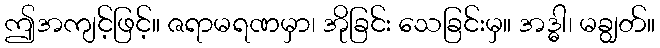
ဤအကျင့်ဖြင့်။ ဇရာမရဏမှာ၊ အိုခြင်း သေခြင်းမှ။ အဒ္ဓါ၊ မချွတ်။